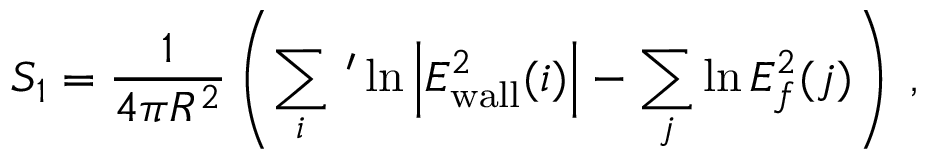
{ \cal S } _ { 1 } = \frac { 1 } { 4 \pi R ^ { 2 } } \left( \sum _ { i } \, ^ { \prime } \ln \left| E _ { \mathrm { w a l l } } ^ { 2 } ( i ) \right| - \sum _ { j } \ln E _ { f } ^ { 2 } ( j ) \right) \; ,